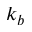
k _ { b }